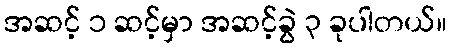
အဆင့် ၁ ဆင့်မှာ အဆင့်ခွဲ ၃ ခုပါတယ်။